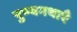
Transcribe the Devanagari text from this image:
पुण्यगथाएँ